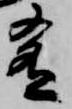
肴